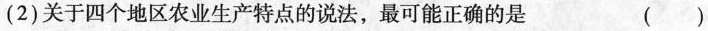
(2)关于四个地区农业生产特点的说法，最可能正确的是 ( )